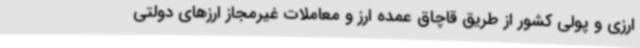
ارزی و پولی کشور از طریق قاچاق عمده ارز و معاملات غیرمجاز ارزهای دولتی